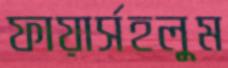
ফায়ার্সহলুম